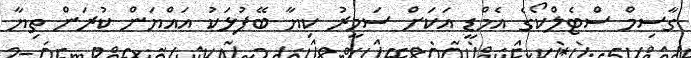
ގާސިމް ސްޓެލްކޯގެ އެމްޑީ އަކަށް ސަމީރު ކިޔާ ބޭފުޅަކު އައްޔަން ކުރަން ތިޔާ